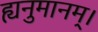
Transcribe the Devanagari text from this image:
ह्यनुमानम्।